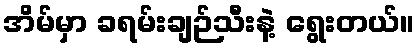
အိမ်မှာ ခရမ်းချဉ်သီးနဲ့ ရွေးတယ်။